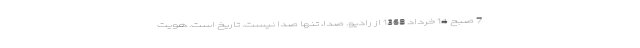
7 صبح 14 خرداد 1368 از رادیو. صدا، تنها صدا نیست. تاریخ است. هویت